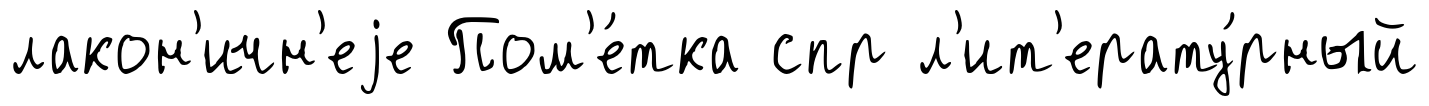
лакон'ичн'еjе Пом'е́тка спр л'ит'ерату́рный